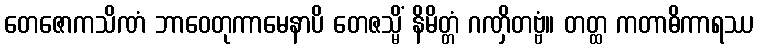
တေဇောကသိဏံ ဘာဝေတုကာမေနာပိ တေဇသ္မိံ နိမိတ္တံ ဂဏှိတဗ္ဗံ။ တတ္ထ ကတာဓိကာရဿ